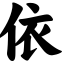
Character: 依